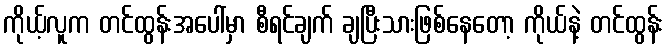
ကိုယ့်လူက တင်ထွန်းအပေါ်မှာ စီရင်ချက် ချပြီးသားဖြစ်နေတော့ ကိုယ်နဲ့ တင်ထွန်း